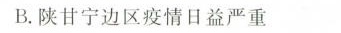
B.陕甘宁边区疫情日益严重